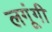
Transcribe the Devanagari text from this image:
लगूंगी